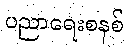
ပညာရေးစနစ်